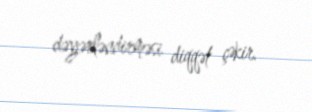
dəyərləndirməsi diqqət çəkir.